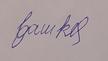
Signature authenticity: forged